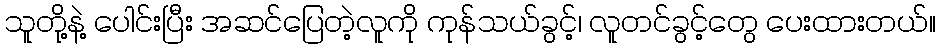
သူတို့နဲ့ ပေါင်းပြီး အဆင်ပြေတဲ့လူကို ကုန်သယ်ခွင့်၊ လူတင်ခွင့်တွေ ပေးထားတယ်။